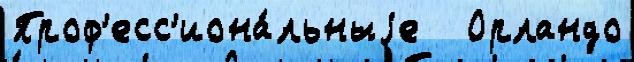
Проф'есс'иона́льныjе   Орландо